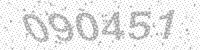
Solution: 090451